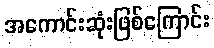
အကောင်းဆုံးဖြစ်ကြောင်း